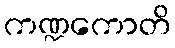
ကဏ္ဍကောတိ